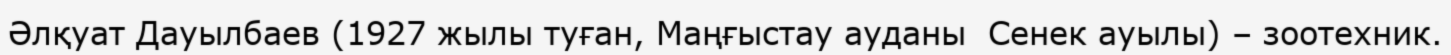
Әлқуат Дауылбаев (1927 жылы туған, Маңғыстау ауданы  Сенек ауылы) – зоотехник.